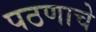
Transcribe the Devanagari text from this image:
पठणाचे